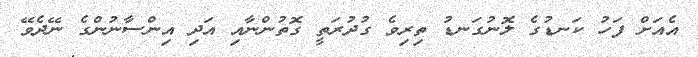
އެއަށް ފަހު ކަނޑުގެ ލޮނުގަނޑު ތިރިވެ ގުދުރަތީ ގޮތުންނާއި އަދި އިންސާނުންގެ ނޭދެވޭ